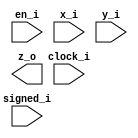


module bsg_mul_pipelined_width_p64_pipeline_p0_harden_p1
(
  clock_i,
  en_i,
  x_i,
  y_i,
  signed_i,
  z_o
);

  input [63:0] x_i;
  input [63:0] y_i;
  output [127:0] z_o;
  input clock_i;
  input en_i;
  input signed_i;
  wire [127:0] z_o;

endmodule



module bsg_mul_width_p64
(
  x_i,
  y_i,
  signed_i,
  z_o
);

  input [63:0] x_i;
  input [63:0] y_i;
  output [127:0] z_o;
  input signed_i;
  wire [127:0] z_o;

  bsg_mul_pipelined_width_p64_pipeline_p0_harden_p1
  bmp
  (
    .clock_i(1'b0),
    .en_i(1'b0),
    .x_i(x_i),
    .y_i(y_i),
    .signed_i(signed_i),
    .z_o(z_o)
  );


endmodule